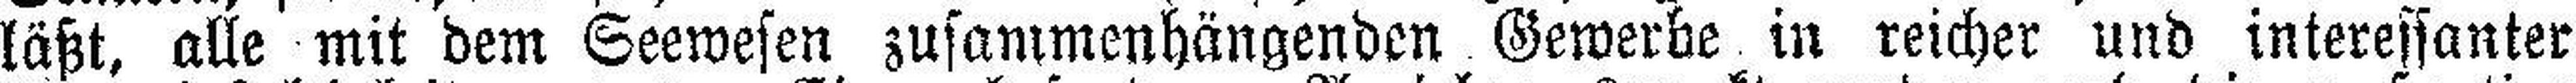
läßt, alle mit dem Seewesen zusammenhängenden Gewerbe in reicher und interessanter